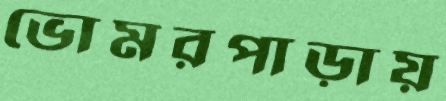
ভোমরপাড়ায়